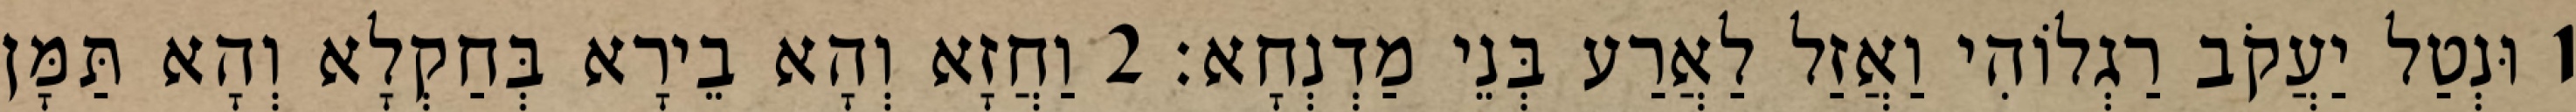
1 וּנְטַל יַעֲקֹב רַגְלוֹהִי וַאֲזַל לַאֲרַע בְּנֵי מַדְנְחָא׃ 2 וַחֲזָא וְהָא בֵירָא בְּחַקְלָא וְהָא תַּמָּן